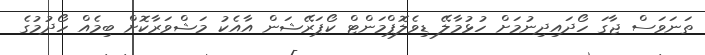
ތަނަވަސް ޖާގަ ހޯދައިދިނުމަށް ހުޅުމާލޭ ޑިވެލޮޕްމަންޓް ކޯޕަރޭޝަން އާއެކު މަޝްވަރާކޮށް ބިމެއް ހޯދުމުގެ